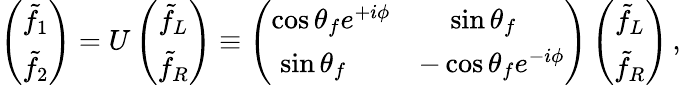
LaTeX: \left(\begin{array}{c}{{\tilde{f}_{1}}}\\ {{\tilde{f}_{2}}}\end{array}\right)=U\left(\begin{array}{c}{{\tilde{f}_{L}}}\\ {{\tilde{f}_{R}}}\end{array}\right)\equiv\left(\begin{array}{cc}{{\cos\theta_{f}e^{+i\phi}}}&{{\ \sin\theta_{f}\ \ \ \ }}\\ {{\sin\theta_{f}\ \ \ \ \ }}&{{-\cos\theta_{f}e^{-i\phi}}}\end{array}\right)\left(\begin{array}{c}{{\tilde{f}_{L}}}\\ {{\tilde{f}_{R}}}\end{array}\right)\, ,